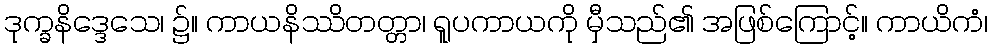
ဒုက္ခနိဒ္ဒေသေ၊ ၌။ ကာယနိဿိတတ္တာ၊ ရူပကာယကို မှီသည်၏ အဖြစ်ကြောင့်။ ကာယိကံ၊